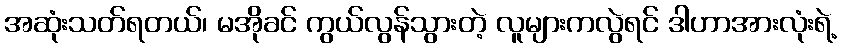
အဆုံးသတ်ရတယ်၊ မအိုခင် ကွယ်လွန်သွားတဲ့ လူများကလွဲရင် ဒါဟာအားလုံးရဲ့